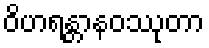
ဝိဟရန္တာနဝဿုတာ